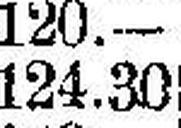
124.30